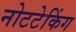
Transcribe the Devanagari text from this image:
नोटटेकिंग